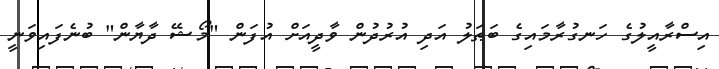
އިސްރާއީލުގެ ހަނގުރާމައިގެ ބަޠަލު އަދި އުރުދުން ވާދީއަށް އުފަން "މޯޝޭ ދާޔާން" ބުނެފައިވަނީ